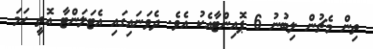
ތިން މެޗުން ލިބުނު 6 ޕޮއިންޓާއެކު އެވެ. ދެވަނައިގައި އެޓަލަންޓާ އޮތީ ހަމަ